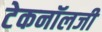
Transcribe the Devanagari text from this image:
टेकनॉलजी